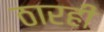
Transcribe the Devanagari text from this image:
ठारही